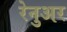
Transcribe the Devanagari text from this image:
रेनुअर